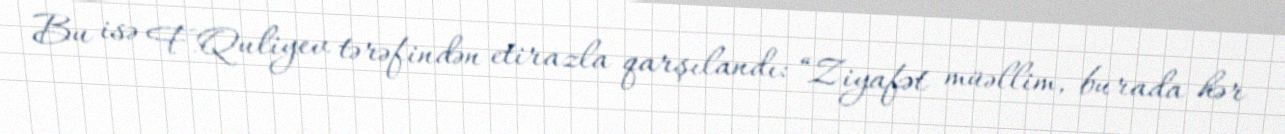
Bu isə F.Quliyev tərəfindən etirazla qarşılandı: “Ziyafət müəllim, burada hər